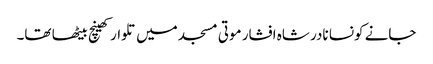
جانے کونسا نادر شاہ افشار موتی مسجد میں تلوار کھینچ بیٹھا تھا۔